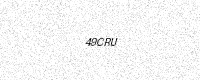
Text: 49CRU